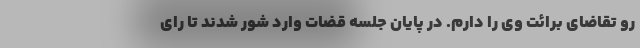
رو تقاضای برائت وی را دارم. در پایان جلسه قضات وارد شور شدند تا رای